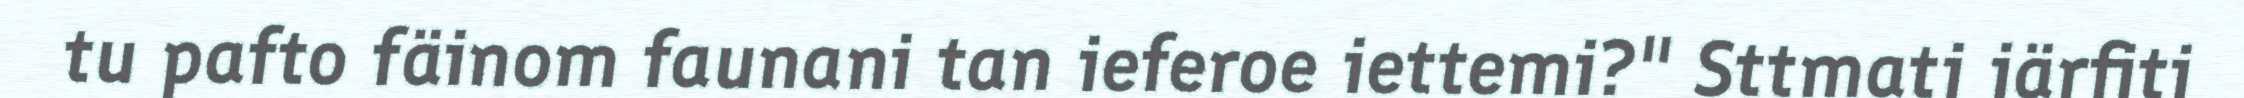
tu pafto fäinom faunani tan ieferoe iettemi?" Sttmatj järfiti